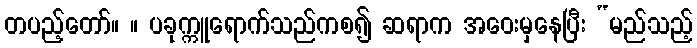
တပည့်တော်။ ။ ပခုက္ကူရောက်သည်ကစ၍ ဆရာက အဝေးမှနေပြီး “မည်သည့်